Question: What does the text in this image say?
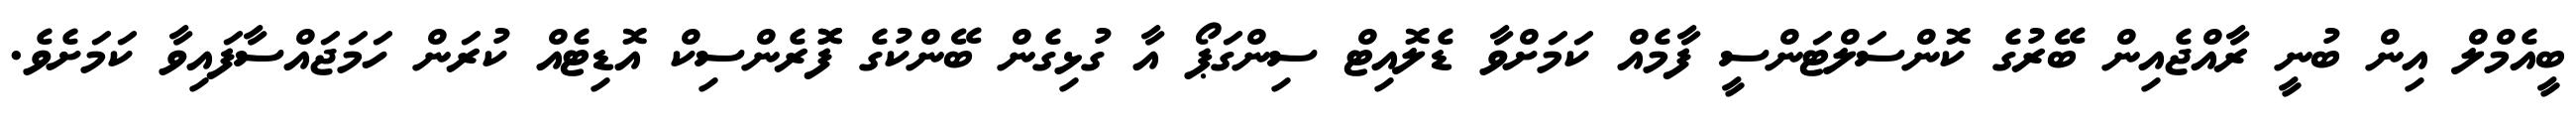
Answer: ބީއެމްލް އިން ބުނީ ރާއްޖެއިން ބޭރުގެ ކޮންސަލްޓަންސީ ފާމެއް ކަމަށްވާ ޑެލޮއިޓް ސިންގަޕޯ އާ ގުޅިގެން ބޭންކުގެ ފޮޮރެންސިކް އޮޑިޓެއް ކުރަން ހަމަޖައްސާފައިވާ ކަމަށެވެ.